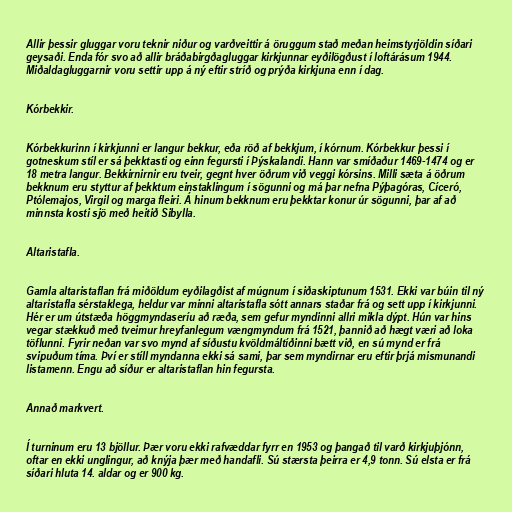
Allir þessir gluggar voru teknir niður og varðveittir á öruggum stað meðan heimstyrjöldin síðari
geysaði. Enda fór svo að allir bráðabirgðagluggar kirkjunnar eyðilögðust í loftárásum 1944.
Miðaldagluggarnir voru settir upp á ný eftir stríð og prýða kirkjuna enn í dag.

Kórbekkir.

Kórbekkurinn í kirkjunni er langur bekkur, eða röð af bekkjum, í kórnum. Kórbekkur þessi í
gotneskum stíl er sá þekktasti og einn fegursti í Þýskalandi. Hann var smíðaður 1469-1474 og er
18 metra langur. Bekkirnirnir eru tveir, gegnt hver öðrum við veggi kórsins. Milli sæta á öðrum
bekknum eru styttur af þekktum einstaklingum í sögunni og má þar nefna Pýþagóras, Cíceró,
Ptólemajos, Virgil og marga fleiri. Á hinum bekknum eru þekktar konur úr sögunni, þar af að
minnsta kosti sjö með heitið Sibylla.

Altaristafla.

Gamla altaristaflan frá miðöldum eyðilagðist af múgnum í siðaskiptunum 1531. Ekki var búin til ný
altaristafla sérstaklega, heldur var minni altaristafla sótt annars staðar frá og sett upp í kirkjunni.
Hér er um útstæða höggmyndaseríu að ræða, sem gefur myndinni allri mikla dýpt. Hún var hins
vegar stækkuð með tveimur hreyfanlegum vængmyndum frá 1521, þannið að hægt væri að loka
töflunni. Fyrir neðan var svo mynd af síðustu kvöldmáltíðinni bætt við, en sú mynd er frá
svipuðum tíma. Því er stíll myndanna ekki sá sami, þar sem myndirnar eru eftir þrjá mismunandi
listamenn. Engu að síður er altaristaflan hin fegursta.

Annað markvert.

Í turninum eru 13 bjöllur. Þær voru ekki rafvæddar fyrr en 1953 og þangað til varð kirkjuþjónn,
oftar en ekki unglingur, að knýja þær með handafli. Sú stærsta þeirra er 4,9 tonn. Sú elsta er frá
síðari hluta 14. aldar og er 900 kg.